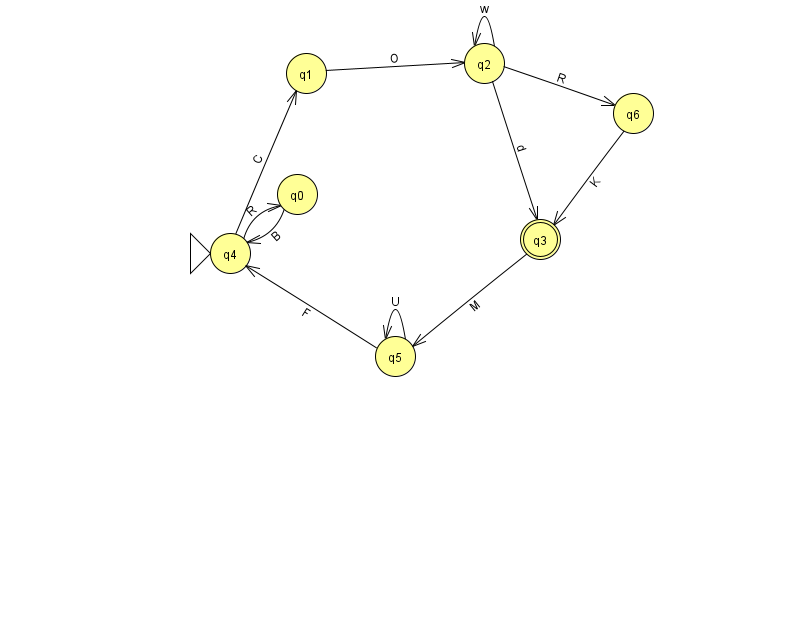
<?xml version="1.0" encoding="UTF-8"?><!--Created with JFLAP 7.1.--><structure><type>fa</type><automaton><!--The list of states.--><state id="0" name="q0"><x>297.0</x><y>181.0</y></state><state id="1" name="q1"><x>306.0</x><y>60.0</y></state><state id="2" name="q2"><x>484.0</x><y>50.0</y></state><state id="3" name="q3"><x>540.0</x><y>226.0</y><final/></state><state id="4" name="q4"><x>230.0</x><y>240.0</y><initial/></state><state id="5" name="q5"><x>395.0</x><y>343.0</y></state><state id="6" name="q6"><x>633.0</x><y>100.0</y></state><!--The list of transitions.--><transition><from>3</from><to>5</to><read>M</read></transition><transition><from>4</from><to>1</to><read>C</read></transition><transition><from>1</from><to>2</to><read>O</read></transition><transition><from>5</from><to>5</to><read>U</read></transition><transition><from>0</from><to>4</to><read>B</read></transition><transition><from>4</from><to>0</to><read>R</read></transition><transition><from>2</from><to>2</to><read>w</read></transition><transition><from>2</from><to>6</to><read>R</read></transition><transition><from>6</from><to>3</to><read>K</read></transition><transition><from>2</from><to>3</to><read>d</read></transition><transition><from>5</from><to>4</to><read>F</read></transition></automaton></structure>